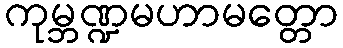
ကုမ္ဘဏ္ဍမဟာမတ္တော